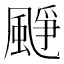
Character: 𩗲